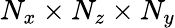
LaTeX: N_{x}\times N_{z}\times N_{y}